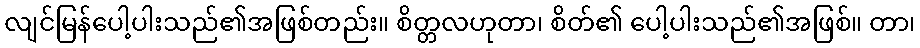
လျင်မြန်ပေါ့ပါးသည်၏အဖြစ်တည်း။ စိတ္တလဟုတာ၊ စိတ်၏ ပေါ့ပါးသည်၏အဖြစ်။ တာ၊